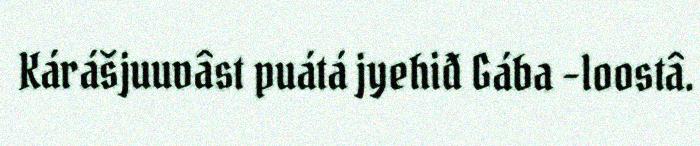
Kárášjuuvâst puátá jyehiđ Gába -loostâ.